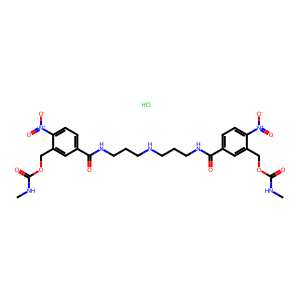
SMILES: CNC(=O)OCc1cc(C(=O)NCCCNCCCNC(=O)c2ccc([N+](=O)[O-])c(COC(=O)NC)c2)ccc1[N+](=O)[O-].Cl
Inhibits HIV replication: No